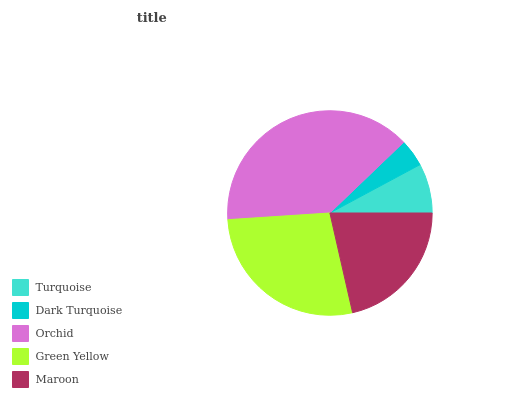
| Turquoise | Dark Turquoise | Orchid | Green Yellow | Maroon |
 | --- | --- | --- | --- | --- |
 | 7.83% | 4.33% | 38.8% | 27.5% | 21.5% |